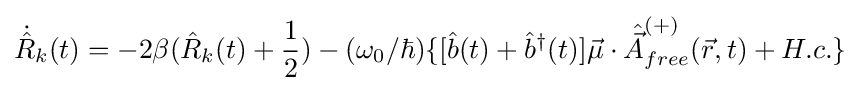
{\dot {\hat {R}}}_{k}(t)=-2\beta ({\hat {R}}_{k}(t)+{\frac {1}{2}})-(\omega _{0}/\hbar )\{[{\hat {b}}(t)+{\hat {b}}^{\dagger }(t)]{\vec {\mu }}\cdot {\hat {\vec {A}}}_{free}^{(+)}({\vec {r}},t)+H.c.\}